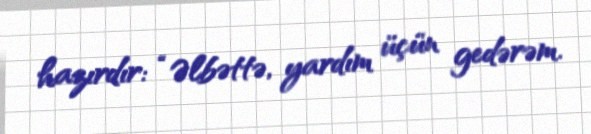
hazırdır: “Əlbəttə, yardım üçün gedərəm.